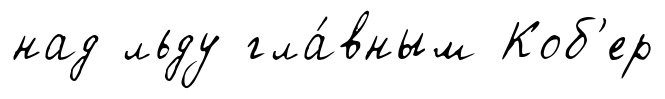
над льду гла́вным Коб'ер